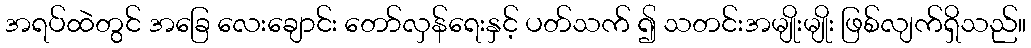
အရပ်ထဲတွင် အခြေ လေးချောင်း တော်လှန်ရေးနှင့် ပတ်သက် ၍ သတင်းအမျိုးမျိုး ဖြစ်လျက်ရှိသည်။